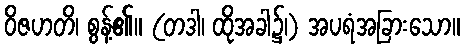
ဝိဇဟတိ၊ စွန့်၏။ (တဒါ၊ ထိုအခါ၌၊) အပရံအခြားသော။